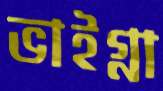
ভাইগ্না